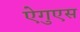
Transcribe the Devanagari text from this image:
ऐगुएस